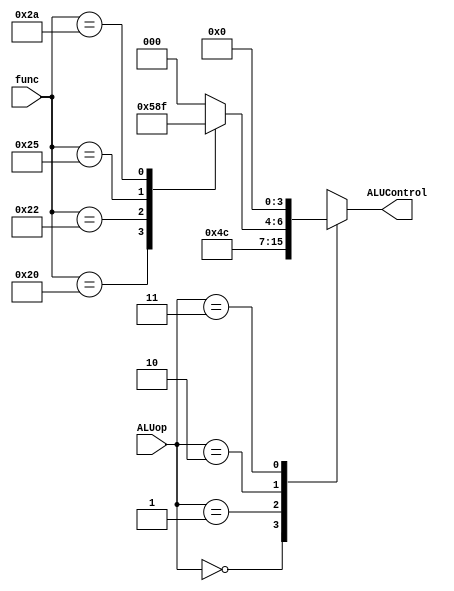
`timescale 1ns / 1ps
//////////////////////////////////////////////////////////////////////////////////
// Company: 
// Engineer: 
// 
// Design Name: 
// Module Name:    ALUcontrol 
// Project Name: 
// Target Devices: 
// Tool versions: 
// Description: 
//
// Dependencies: 
//
// Revision: 
// Revision 0.01 - File Created
// Additional Comments: 
//
//////////////////////////////////////////////////////////////////////////////////
module ALUcontrol(func,ALUop,ALUControl);
	input [5:0]func;
	input [1:0]ALUop;
	output reg [3:0]ALUControl;

	always @(func or ALUop) begin
		case (ALUop)
			2'b00: ALUControl = 4'b0010; //add
			2'b01: ALUControl = 4'b0110; //subtract
			2'b10: 
				case(func)
					6'b100000: ALUControl = 4'b0010; //add
					6'b100010: ALUControl = 4'b0110; //subtract
					6'b100100: ALUControl = 4'b0000; //AND
					6'b100101: ALUControl = 4'b0001; //OR
					6'b101010: ALUControl = 4'b0111; //set-on-less-than
					default: ALUControl = 4'b0000;
				endcase
			2'b11: ALUControl = 4'b0000; //AND
			default: ALUControl = 4'b0000;
		endcase
	end
endmodule